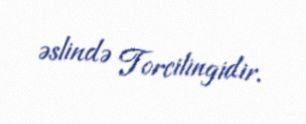
əslində Torcilingidir.